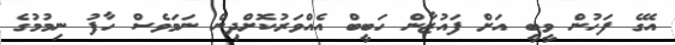
އޭގެ ފަހުން ވީބީ އަށް ފައުޒާން ހަބީބް އެއްވަރުކޮށްދިން ނަމަވެސް ހާފު ނިމުމުގެ